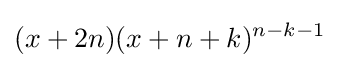
(x+2n)(x+n+k)^{n-k-1}